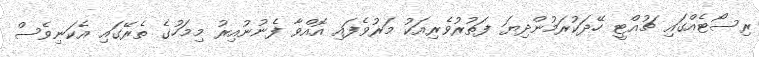
ރިސޯޓެއްގައި ޗުއްޓީ ހޭދަކުރަމުންދިޔަ ފަތުރުވެރިއަކު މަރުވެފައި އޮއްވާ ފެނުނުއިރު މިމަހުގެ ތެރޭގައި އެކަނިވެސް